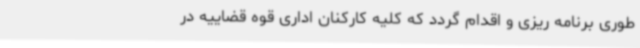
طوری برنامه ریزی و اقدام گردد که کلیه کارکنان اداری قوه قضاییه در